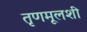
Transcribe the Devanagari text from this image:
तृणमूलशी